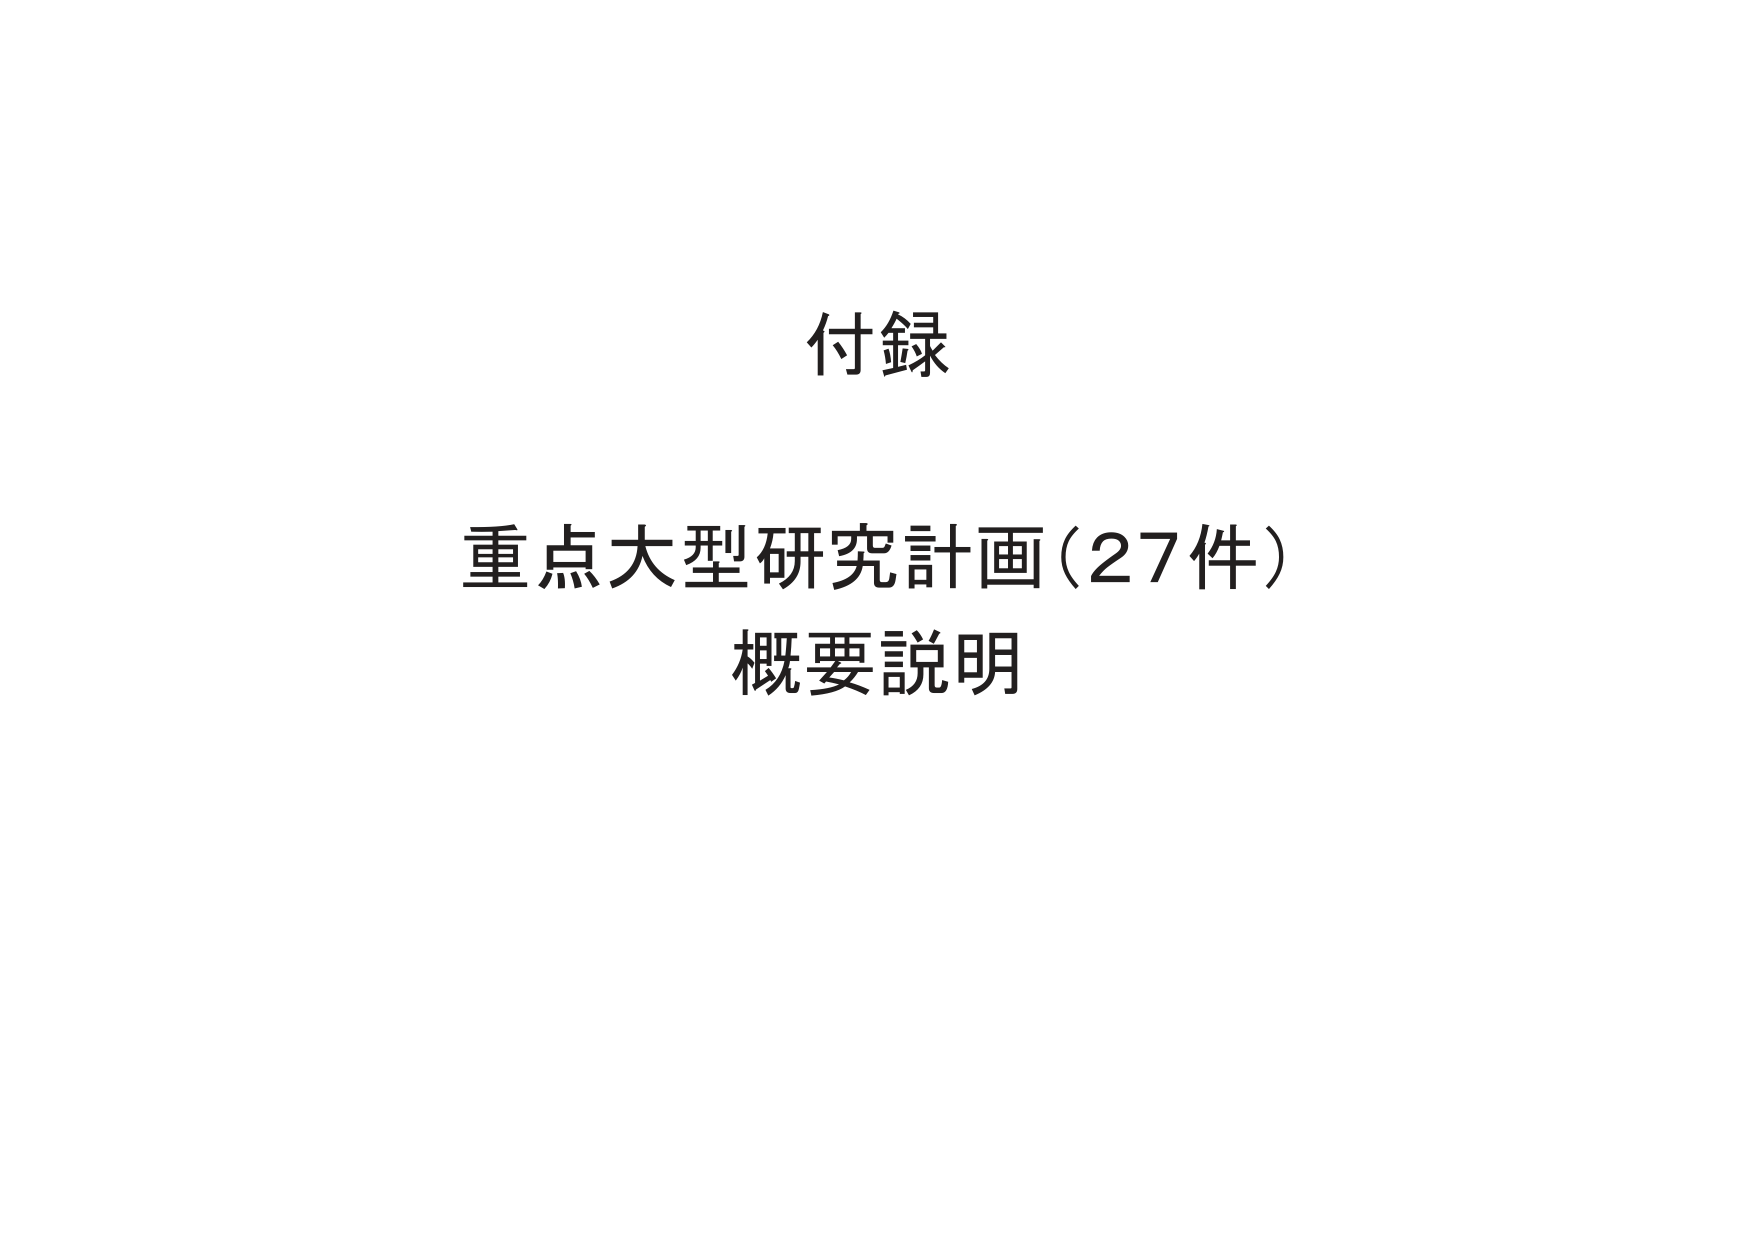
付録
重点大型研究計画（27件）
概要説明